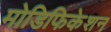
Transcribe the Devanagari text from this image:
मोडिफिकेशन